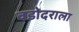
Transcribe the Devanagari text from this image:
वडोदराला